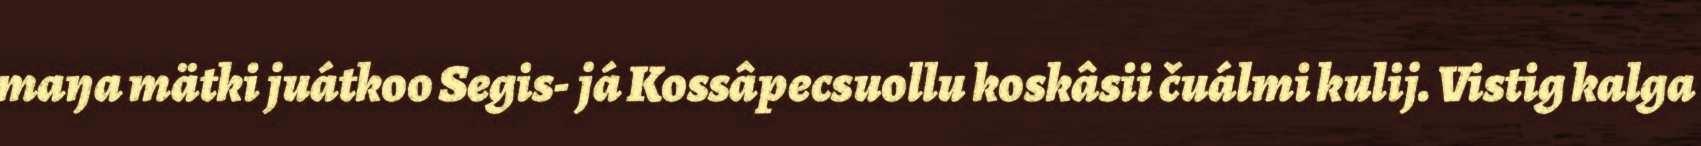
maŋa mätki juátkoo Segis- já Kossâpecsuollu koskâsii čuálmi kulij. Vistig kalga